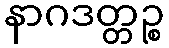
နာဂဒတ္တဉ္စ